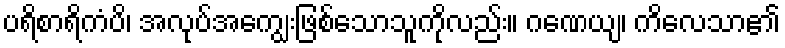
ပရိစာရိကံပိ၊ အလုပ်အကျွေးဖြစ်သောသူကိုလည်း။ ဂဏေယျ၊ ကိလေသာ၏